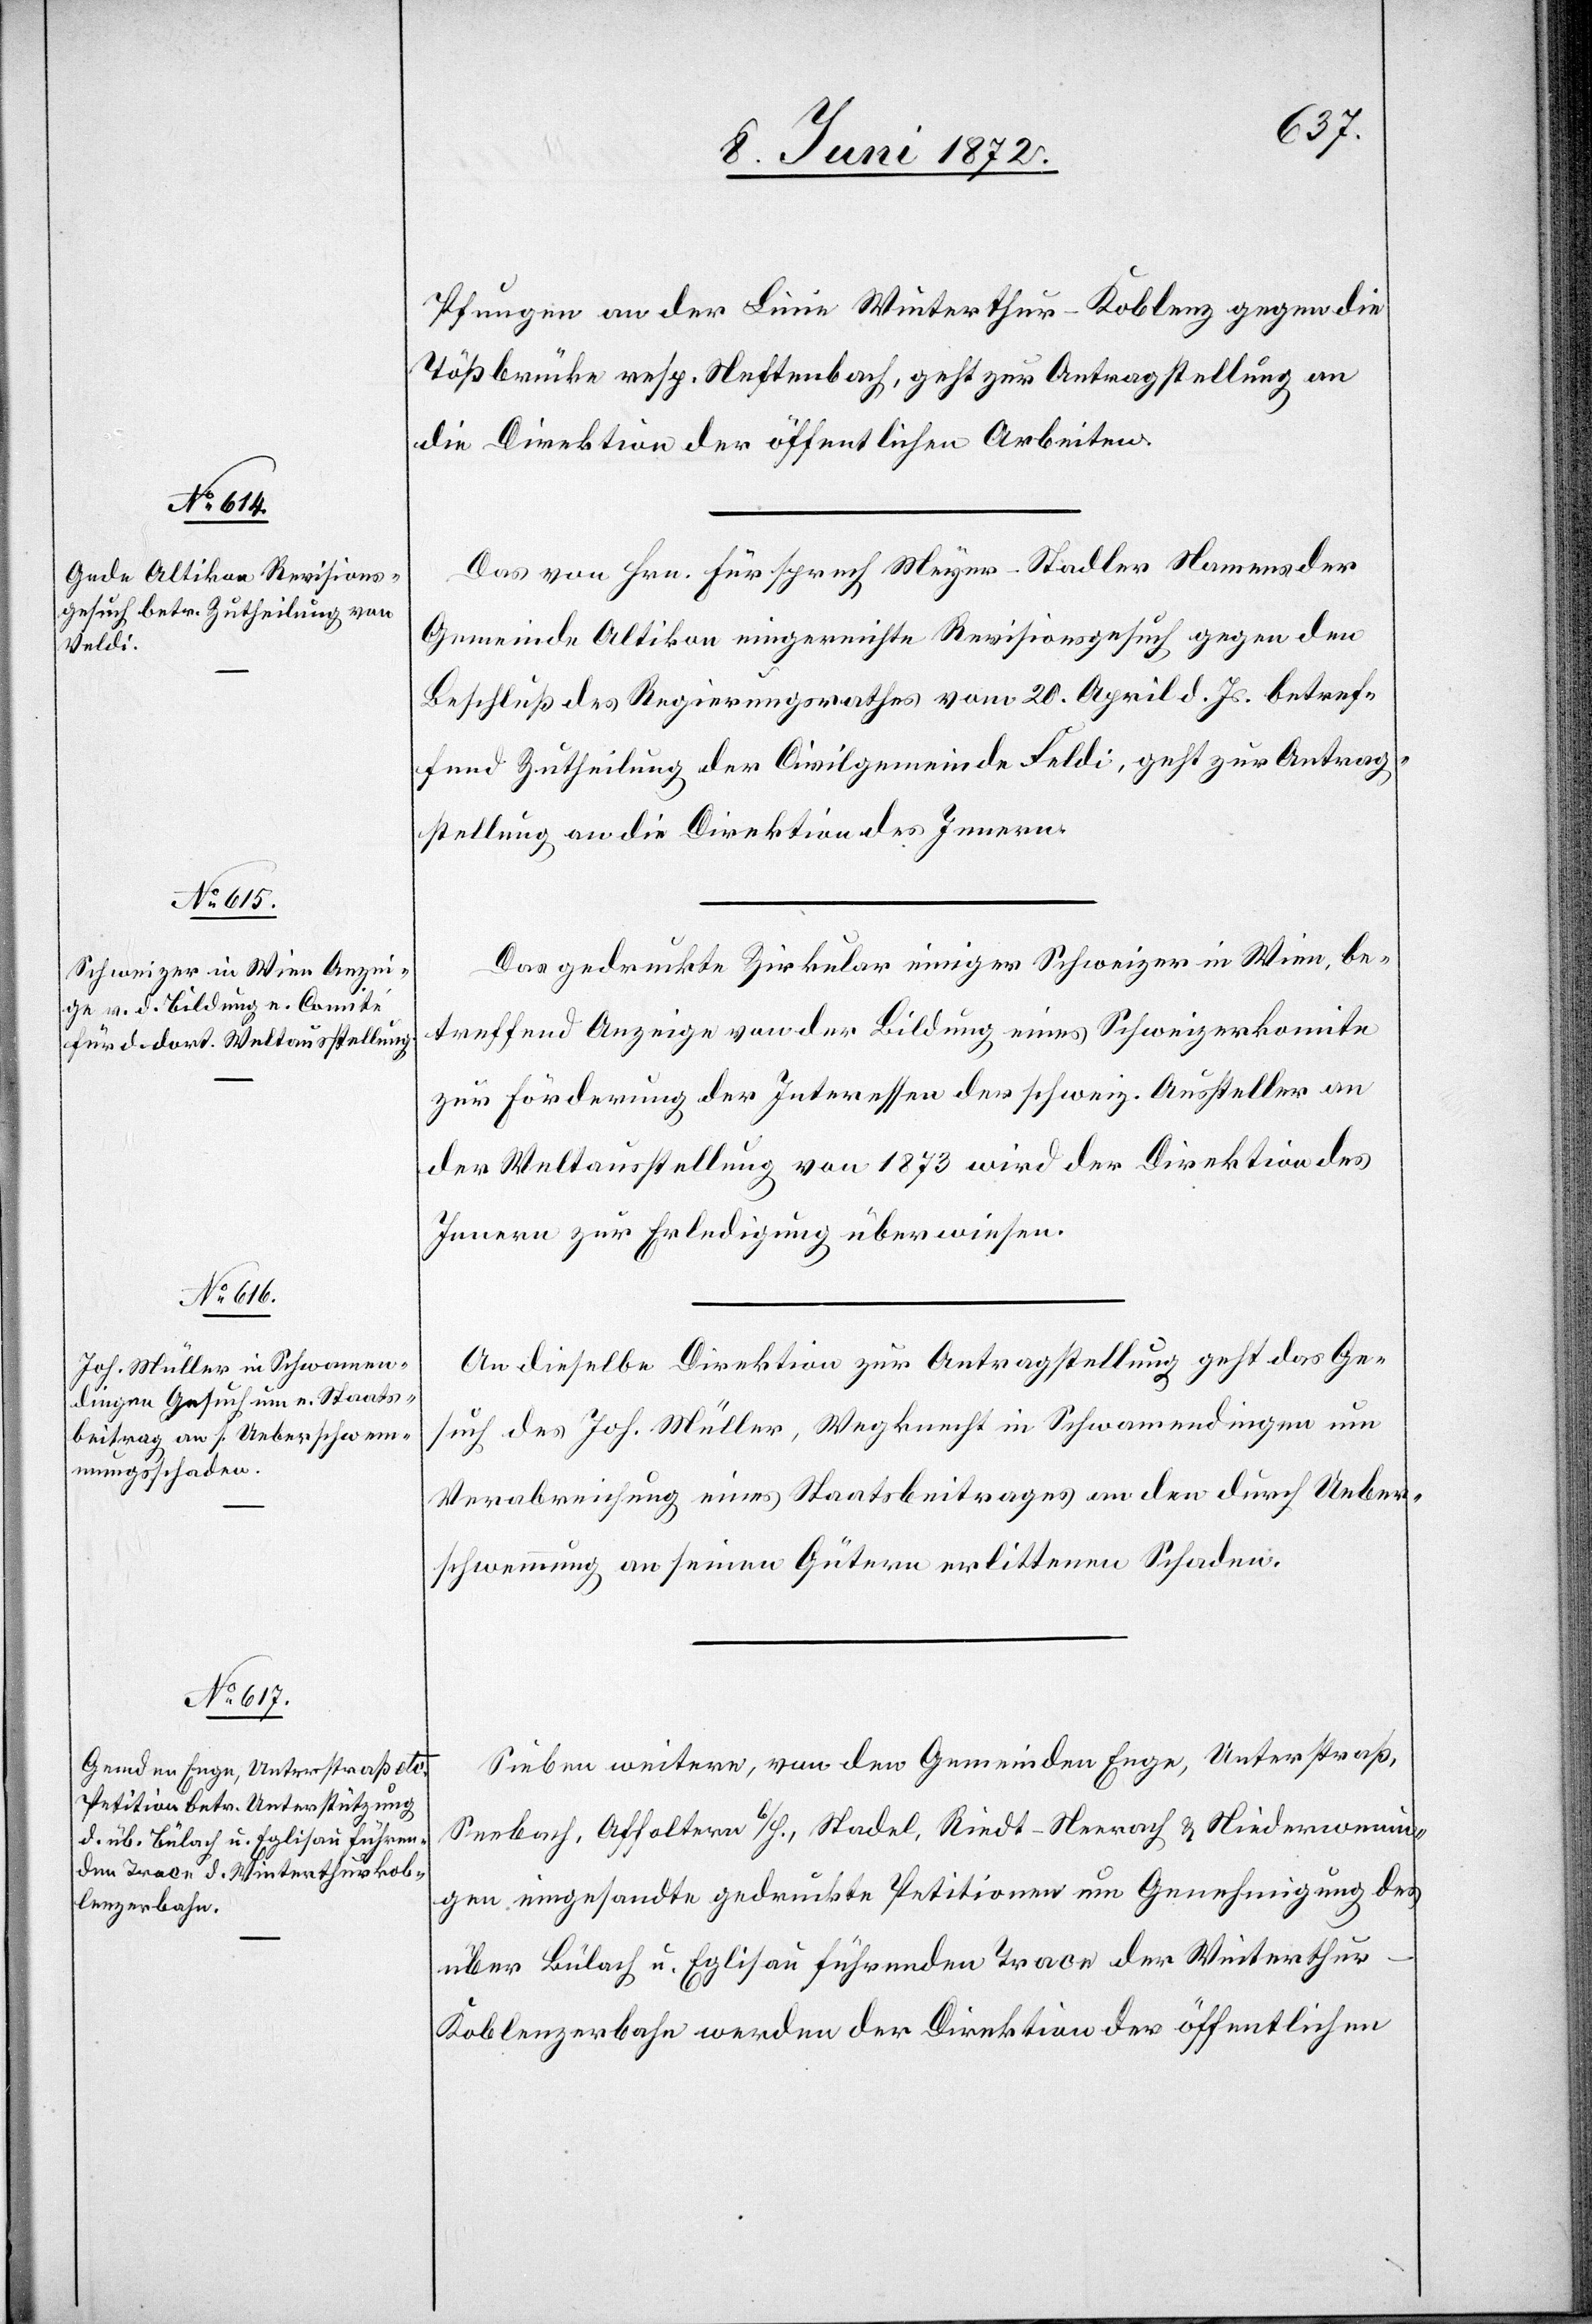
10. Juni 1872.]
Pfungen an der Linie Winterthur–Koblenz gegen die
Tößbrücke resp. Neftenbach, geht zur Antragstellung an
die Direktion der öffentlichen Arbeiten.
Das von Hrn. Fürsprech Meyer-Stadler Namens der
Gemeinde Altikon eingereichte Revisionsgesuch gegen den
Beschluß des Regierungsrathes vom 20. April d. Js. betref¬
fend Zutheilung der Civilgemeinde Feldi [sic!], geht zur Antrag¬
stellung an die Direktion des Innern.
Das gedruckte Zirkular einiger Schweizer in Wien, be¬
treffend Anzeige von der Bildung eines Schweizerkomite
zur Förderung der Interessen der schweiz. Aussteller an
der Weltausstellung von 1873 wird der Direktion des
Innern zur Erledigung überwiesen.
An dieselbe Direktion zur Antragstellung geht das Ge¬
such des Joh. Müller, Wegknecht in Schwamendingen um
Verabreichung eines Staatsbeitrag an den durch Ueber¬
schwemmung an seinen Gütern erlittenen Schaden.
Sieben weitere, von den Gemeinden Enge, Unterstraß,
Seebach, Affoltern b/H., Stadel, Riedt-Neerach u. Niederwenin¬
gen eingesandte gedruckte Petitionen um Genehmigung des
über Bülach u. Eglisau führenden Trace der Winterthu¬
r–Koblenzerbahn werden der Direktion der öffentlichen